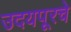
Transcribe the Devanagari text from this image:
उदयपूरचे